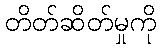
တိတ်ဆိတ်မှုကို